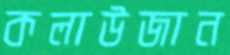
কলাউজান